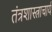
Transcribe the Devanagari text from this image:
तंत्रशास्त्राचार्य